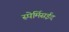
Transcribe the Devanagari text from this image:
स्पेर्मिसईद